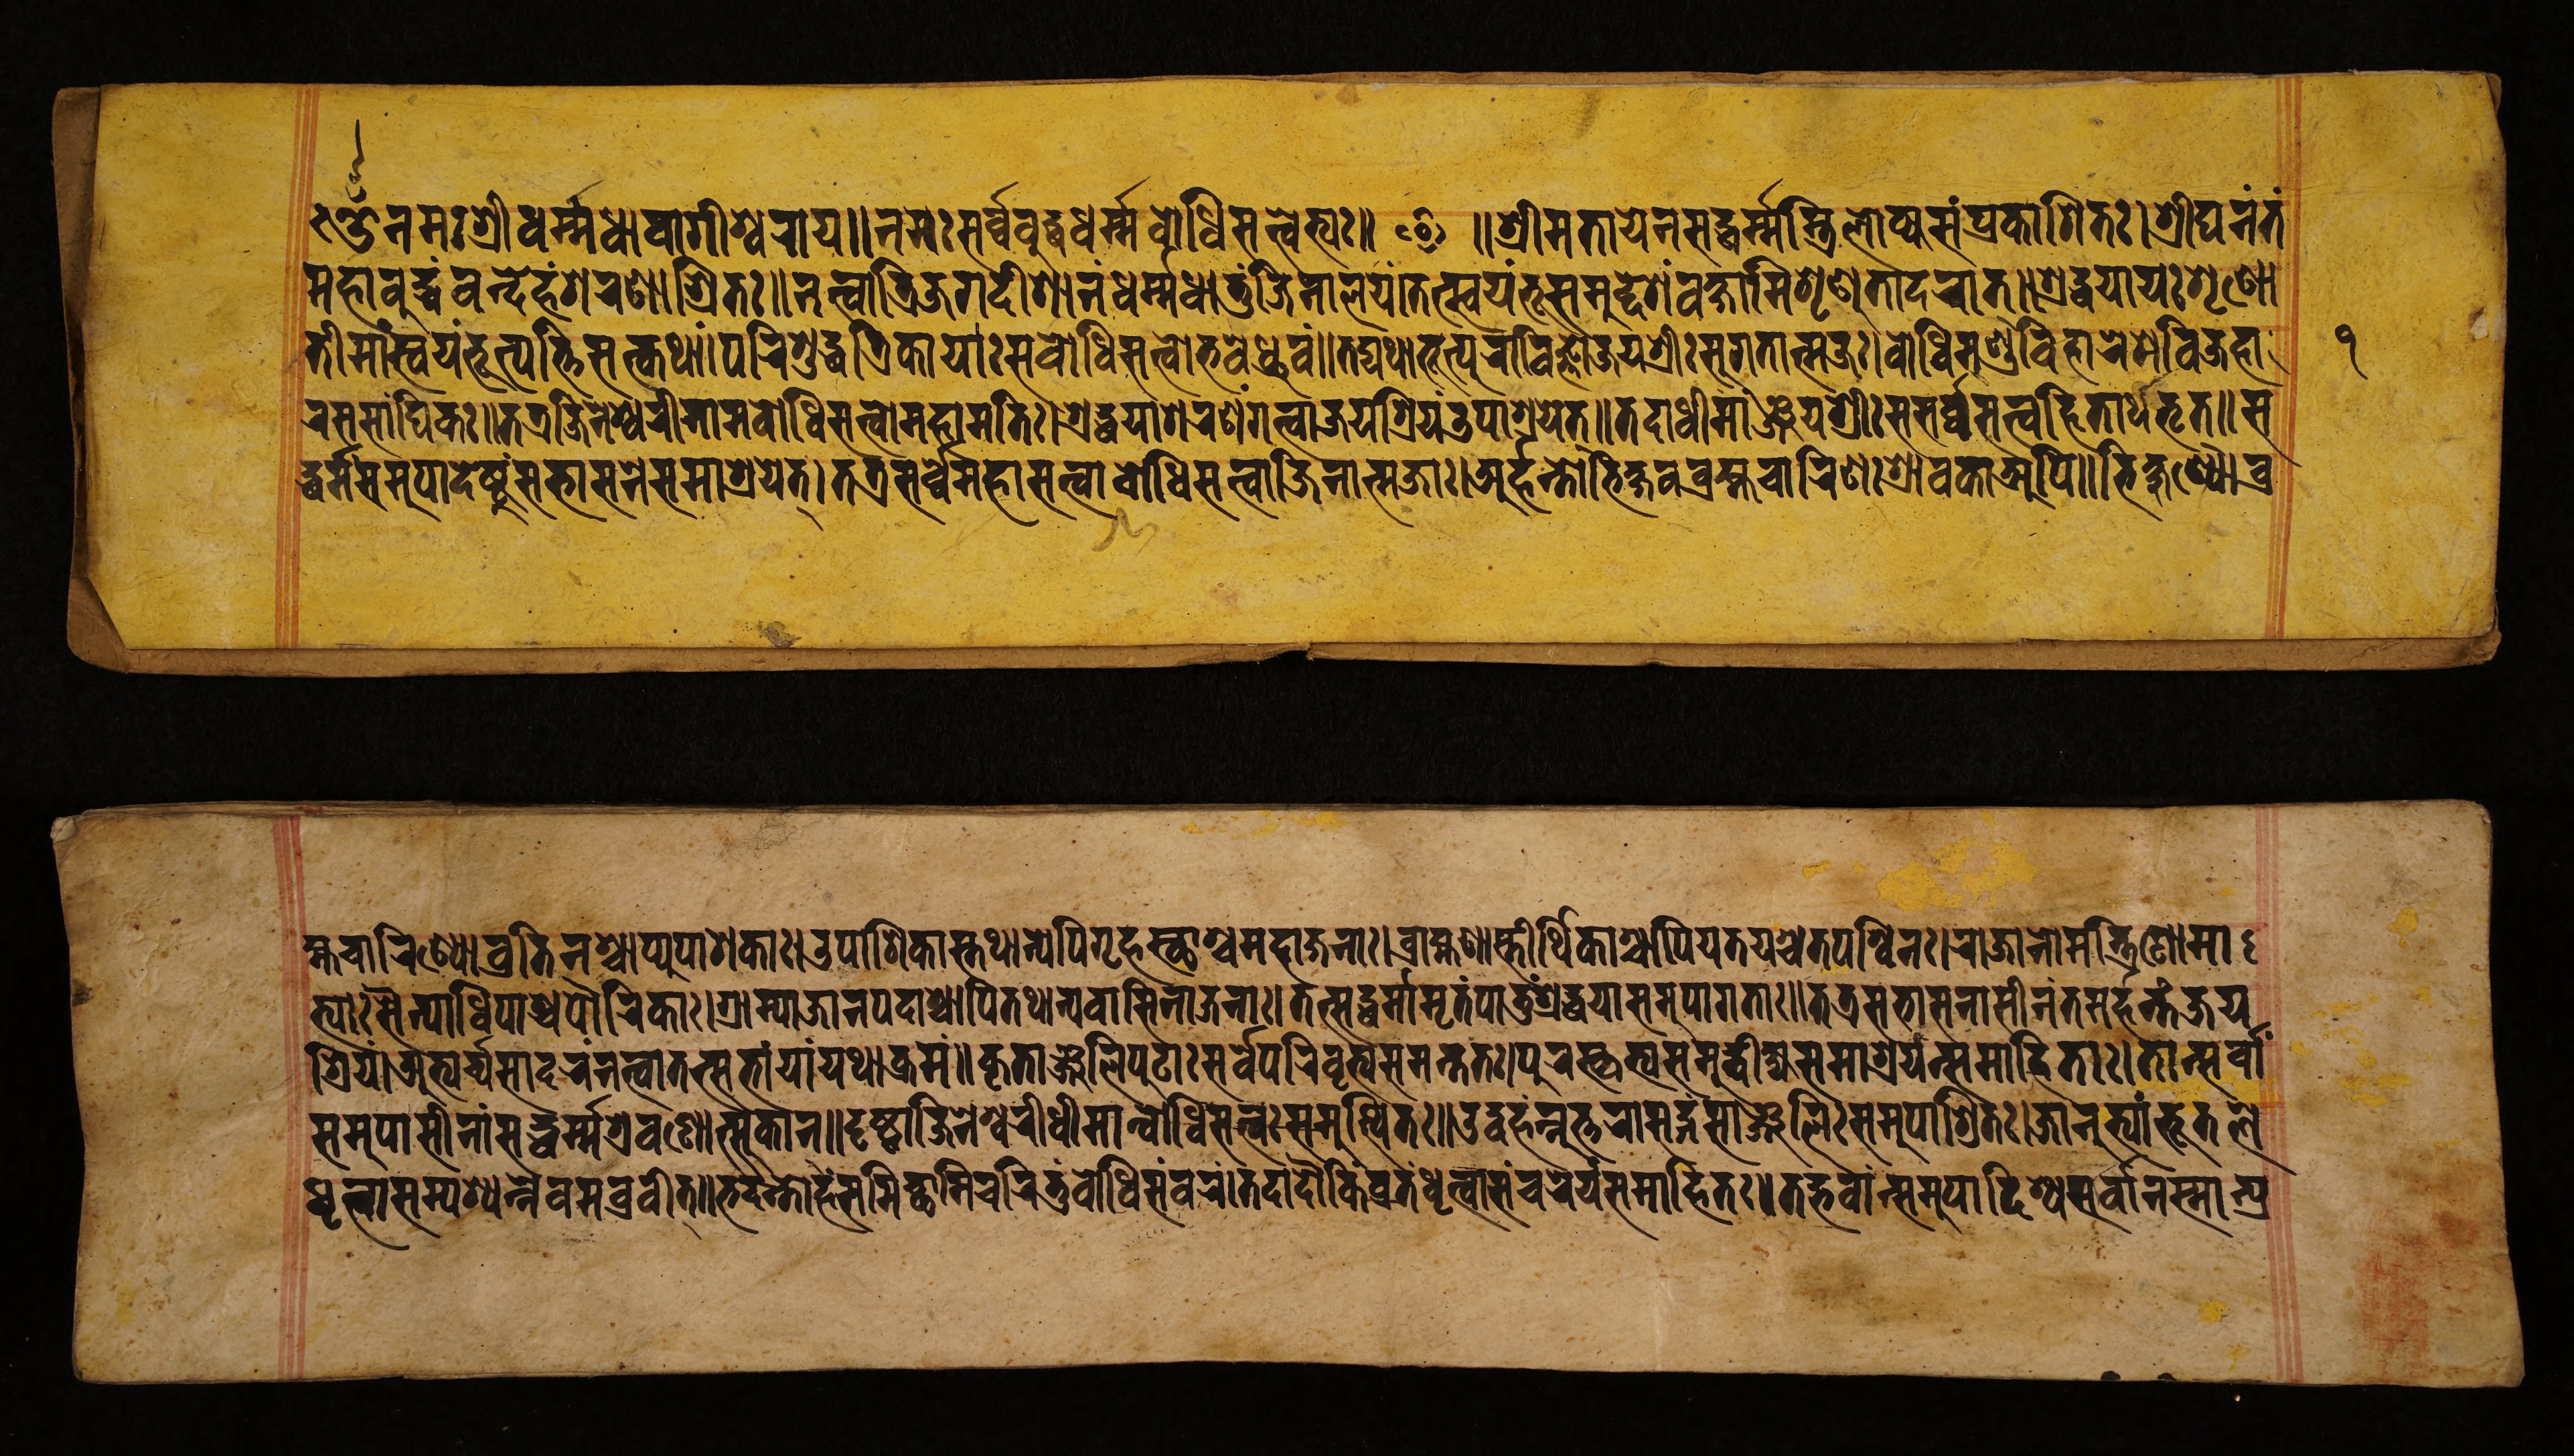
𑑉𑐣𑐩𑑅𑐱𑑂𑐬𑐷𑐢𑐬𑑂𑐩𑑂𑐩𑐢𑐵𑐰𑐵𑐐𑐷𑐱𑑂𑐰𑐬𑐵𑐬𑑂𑐫𑑌 ॰ 𑑌𑐣𑐩𑑅𑐳𑐬𑑂𑐰𑑂𑐰𑐧𑐸𑐡𑑂𑐢𑐢𑐬𑑂𑐩𑑂𑐩𑐧𑑀𑐢𑐶𑐳𑐟𑑂𑐰𑐾𑐨𑑂𑐫𑑅𑑌𑐱𑑂𑐬𑐷𑐩𑐟𑐵𑐫𑐾𑐣𑐳𑐡𑑂𑐢𑐬𑑂𑐩𑑂𑐩𑐳𑑂𑐟𑑂𑐬𑐶𑐮𑑀𑐎𑑂𑐫𑐳𑑄𑐥𑑂𑐬𑐎𑐵𑐱𑐶𑐟𑑅𑑋𑐱𑑂𑐬𑐷𑐑𑐣𑑄𑐟𑑄 𑐩𑐴𑐵𑐧𑐸𑐡𑑂𑐢𑑄𑐰𑐣𑑂𑐡𑐾𑐴𑑄𑐱𑐬𑐞𑐵𑐱𑑂𑐬𑐶𑐟𑑌𑐣𑐟𑑂𑐰𑐵𑐟𑑂𑐬𑐶𑐖𑐐𑐡𑐷𑐱𑐵𑐣𑑄𑐢𑐬𑑂𑐩𑑂𑐩𑐢𑐵𑐟𑐸𑑄𑐖𑐶𑐣𑐵𑐮𑐫𑑄𑑋𑐟𑐟𑑂𑐳𑑂𑐰𑐫𑑄𑐨𑐹𑐳𑐩𑐸𑐡𑑂𑐡𑐾𑐱𑑄𑐰𑐎𑑂𑐲𑐵𑐩𑐶𑐱𑐺𑐞𑐸𑐟𑐵𑐡𑐬𑐵𑐟𑑂𑑌𑐱𑑂𑐬𑐡𑑂𑐢𑐫𑐵𑐫𑑅𑐱𑐺𑐞𑑀 𑐟𑐷𑐩𑐵𑑄𑐳𑑂𑐰𑐫𑑄𑐨𑐹𑐟𑑂𑐥𑐟𑑂𑐟𑐶𑐳𑐟𑑂𑐎𑐠𑐵𑑄𑑋𑐥𑐬𑐶𑐱𑐸𑐡𑑂𑐢𑐟𑑂𑐬𑐶𑐎𑐵𑐫𑐵𑑅𑐳𑐧𑑀𑐢𑐶𑐳𑐟𑑂𑐰𑑀𑐨𑐰𑐾𑐢𑑂𑐬𑐸𑐰𑑄𑑌𑐟𑐡𑑂𑐫𑐠𑐵𑐨𑐹𑐟𑑂𑐥𑐸𑐬𑐵𑐰𑐶𑐖𑑂𑐘𑐵𑐖𑐫𑐱𑑂𑐬𑐷𑑅𑐳𑐸𑐐𑐟𑐵𑐟𑑂𑐩𑐖𑑅𑑋𑐧𑑀𑐢𑐶𑐩𑐞𑑂𑐜𑐰𑐶𑐴𑐵𑐬𑐾𑐩𑐾𑐰𑐶𑐖𑐴𑐵 𑐬𑐳𑐳𑐵𑑄𑐑𑐶𑐎𑑅𑑌𑐟𑐟𑑂𑐬𑐖𑐶𑐣𑐾𑐱𑑂𑐰𑐬𑐷𑐣𑐵𑐩𑐧𑑀𑐢𑐶𑐳𑐟𑑂𑐰𑑀𑐩𑐴𑐵𑐩𑐟𑐶𑑅𑑋𑐱𑑂𑐬𑐡𑑂𑐢𑐫𑐵𑐱𑐬𑐞𑑄𑐐𑐟𑑂𑐰𑐵𑐖𑐫𑐱𑑂𑐬𑐶𑐫𑑄𑐄𑐥𑐵𑐱𑑂𑐬𑐫𑐾𑐟𑑂𑑌𑐟𑐡𑐵𑐢𑐷𑐩𑐵𑑄𑐘𑑂𑐖𑐫𑐱𑑂𑐬𑐷𑑅𑐳𑐳𑐬𑑂𑐰𑑂𑐰𑐳𑐟𑑂𑐰𑐴𑐶𑐟𑐵𑐬𑑂𑐠𑐨𑐺𑐟𑑂𑑌𑐳 𑐡𑑂𑐢𑐬𑑂𑐩𑐳𑐩𑐸𑐥𑐵𑐡𑐾𑐲𑑂𑐚𑐸𑑄𑐳𑐨𑐵𑐳𑐣𑐾𑐳𑐩𑐵𑐱𑑂𑐬𑐫𑐾𑐟𑑂𑑋𑐟𑐟𑑂𑐬𑐳𑐬𑑂𑐰𑑂𑐰𑐾𑐩𑐴𑐵𑐳𑐟𑑂𑐰𑐵𑐧𑑀𑐢𑐶𑐳𑐟𑑂𑐰𑐵𑐖𑐶𑐣𑐵𑐟𑑂𑐩𑐖𑐵𑑅𑑋𑐀𑐬𑑂𑐴𑐣𑑂𑐟𑑀𑐨𑐶𑐎𑑂𑐲𑐰𑐧𑑂𑐬𑐴𑑂𑐩𑐔𑐵𑐬𑐶𑐞𑑅𑐱𑑂𑐬𑐵𑐰𑐎𑐵𑐀𑐥𑐶𑑌𑐨𑐶𑐎𑑂𑐲𑐸𑐞𑑂𑐫𑑀𑐧𑑂𑐬 𑐴𑑂𑐩𑐔𑐵𑐬𑐶𑐞𑑂𑐫𑑀𑐰𑑂𑐬𑐟𑐶𑐣𑐱𑑂𑐔𑐵𑐥𑑂𑐫𑐸𑐥𑐵𑐱𑐎𑐵𑑅𑑋𑐄𑐥𑐵𑐱𑐶𑐎𑐵𑐳𑑂𑐟𑐠𑐵𑐣𑑂𑐫𑐾𑐥𑐶𑐐𑐺𑐴𑐳𑑂𑐠𑐵𑐱𑑂𑐔𑐩𑐴𑐵𑐖𑐣𑐵𑑅𑑋 𑐧𑑂𑐬𑐵𑐴𑑂𑐩𑐞𑐵𑐳𑑂𑐟𑐷𑐬𑑂𑐠𑐶𑐎𑐵𑐱𑑂𑐔𑐵𑐥𑐶𑐫𑐟𑐫𑐱𑑂𑐔𑐟𑐥𑐱𑑂𑐰𑐶𑐣𑑅𑑋𑐬𑐵𑐖𑐵𑐣𑑀𑐩𑐣𑑂𑐟𑑂𑐬𑐶𑐞𑑀𑐩𑐵 𑐟𑑂𑐫𑐵𑑅𑐳𑐿𑐣𑑂𑐫𑐵𑐢𑐶𑐥𑐵𑐱𑑂𑐔𑐥𑑁𑐬𑐶𑐎𑐵𑑅𑑋𑐐𑑂𑐬𑐵𑐩𑑂𑐫𑐵𑐖𑐵𑐣𑐥𑐡𑐵𑐱𑑂𑐔𑐵𑐥𑐶𑐟𑐠𑐵𑐣𑑂𑐫𑐰𑐵𑐳𑐶𑐣𑐵𑐖𑐣𑐵𑑅𑑋𑐟𑐟𑑂𑐳𑐡𑑂𑐢𑐬𑑂𑐩𑐵𑐩𑐺𑐟𑑄𑐥𑐵𑐟𑐸𑑄𑐱𑑂𑐬𑐡𑑂𑐢𑐫𑐵𑐳𑐩𑐸𑐥𑐵𑐐𑐟𑐵𑑅𑑌𑐟𑐟𑑂𑐬𑐳𑐨𑐵𑐳𑐣𑐵𑐳𑐷𑐣𑑄𑐟𑐩𑐬𑑂𑐴𑐣𑑂𑐟𑑄𑐖𑐫 𑐱𑑂𑐬𑐶𑐫𑑄𑑋𑐀𑐨𑑂𑐫𑐬𑑂𑐔𑑂𑐫𑐳𑐵𑐡𑐬𑑄𑐣𑐟𑑂𑐰𑐵𑐟𑐟𑑂𑐳𑐨𑐵𑑄𑐫𑐵𑑄𑐫𑐠𑐵𑐎𑑂𑐬𑐩𑑄𑑌𑐎𑐺𑐟𑐵𑐘𑑂𑐖𑐮𑐶𑐥𑐸𑐚𑐵𑑅𑐳𑐬𑑂𑐰𑐾𑐥𑐬𑐶𑐰𑐺𑐟𑑂𑐫𑐳𑐩𑐣𑑂𑐟𑐟𑑅𑑋𑐥𑐸𑐬𑐳𑑂𑐎𑐺𑐟𑑂𑐫𑐳𑐩𑐸𑐡𑑂𑐰𑐷𑐎𑑂𑐲𑑂𑐫𑐳𑐩𑐵𑐱𑑂𑐬𑐫𑐣𑑂𑐳𑐩𑐵𑐴𑐶𑐟𑐵𑑅𑑋𑐟𑐵𑐣𑑂𑐳𑐬𑑂𑐰𑐵𑑄 𑐳𑐩𑐸𑐥𑐵𑐳𑐷𑐣𑐵𑑄𑐳𑐡𑑂𑐢𑐬𑑂𑐩𑑂𑐩𑐱𑑂𑐬𑐰𑐞𑑀𑐟𑑂𑐳𑐸𑐎𑐵𑐣𑑂𑑌𑐡𑐺𑐲𑑂𑐚𑑂𑐰𑐵𑐖𑐶𑐣𑐾𑐱𑑂𑐰𑐬𑐷𑐢𑐷𑐩𑐵𑐣𑑂𑐧𑑀𑐢𑐶𑐳𑐟𑑂𑐰𑑅𑐳𑐩𑐸𑐟𑑂𑐠𑐶𑐟𑑅𑑌𑐄𑐡𑑂𑐰𑐴𑑄𑐣𑑂𑐣𑐸𑐟𑑂𑐟𑐬𑐵𑐳𑐡𑑂𑐐𑑄𑐳𑐵𑐘𑑂𑐖𑐮𑐶𑑅𑐳𑐩𑐸𑐥𑐵𑐱𑑂𑐬𑐶𑐟𑑅𑑋𑐖𑐵𑐣𑐸𑐨𑑂𑐫𑐵𑑄𑐨𑐹𑐟𑐮𑐾 𑐢𑐺𑐟𑑂𑐰𑐵𑐳𑐩𑑂𑐥𑐱𑑂𑐫𑐣𑑂𑐣𑐾𑐰𑐩𑐧𑑂𑐬𑐰𑐷𑐟𑑂𑑌𑐨𑐡𑐣𑑂𑐟𑑀𑐴𑑄𑐳𑐩𑐶𑐔𑑂𑐕𑐵𑐩𑐶𑐔𑐬𑐶𑐟𑐸𑑄𑐧𑑀𑐢𑐶𑐳𑑄𑐰𑐬𑑄𑑋𑐟𑐡𑐵𑐡𑑁𑐎𑐶𑑄𑐰𑑂𑐬𑐟𑑄𑐢𑐺𑐟𑑂𑐰𑐵𑐳𑑄𑐔𑐬𑐾𑐫𑑄𑐳𑐩𑐵𑐴𑐶𑐟𑑅𑑌𑐟𑐡𑑂𑐨𑐰𑐵𑑄𑐣𑑂𑐳𑐩𑐸𑐥𑐵𑐡𑐶𑐱𑑂𑐫𑐳𑐬𑑂𑐰𑐵𑐣𑐳𑑂𑐩𑐵𑐣𑑂𑐥𑑂𑐬 𑑑